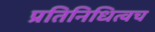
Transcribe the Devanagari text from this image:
प्रतिनिधित्वच